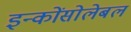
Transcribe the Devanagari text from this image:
इन्कोंसोलेबल